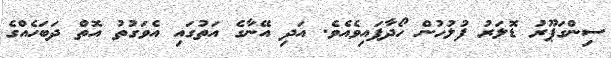
ސިންގަޕޫރު ޑޮލަރު ފުލުހުން ހޯދާފައިވެއެވެ. އަދި އޭނާގެ އަތުގައި އެވަގުތު އޮތް ދަބަހެއްގެ